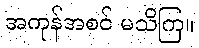
အကုန်အစင် မသိကြ။